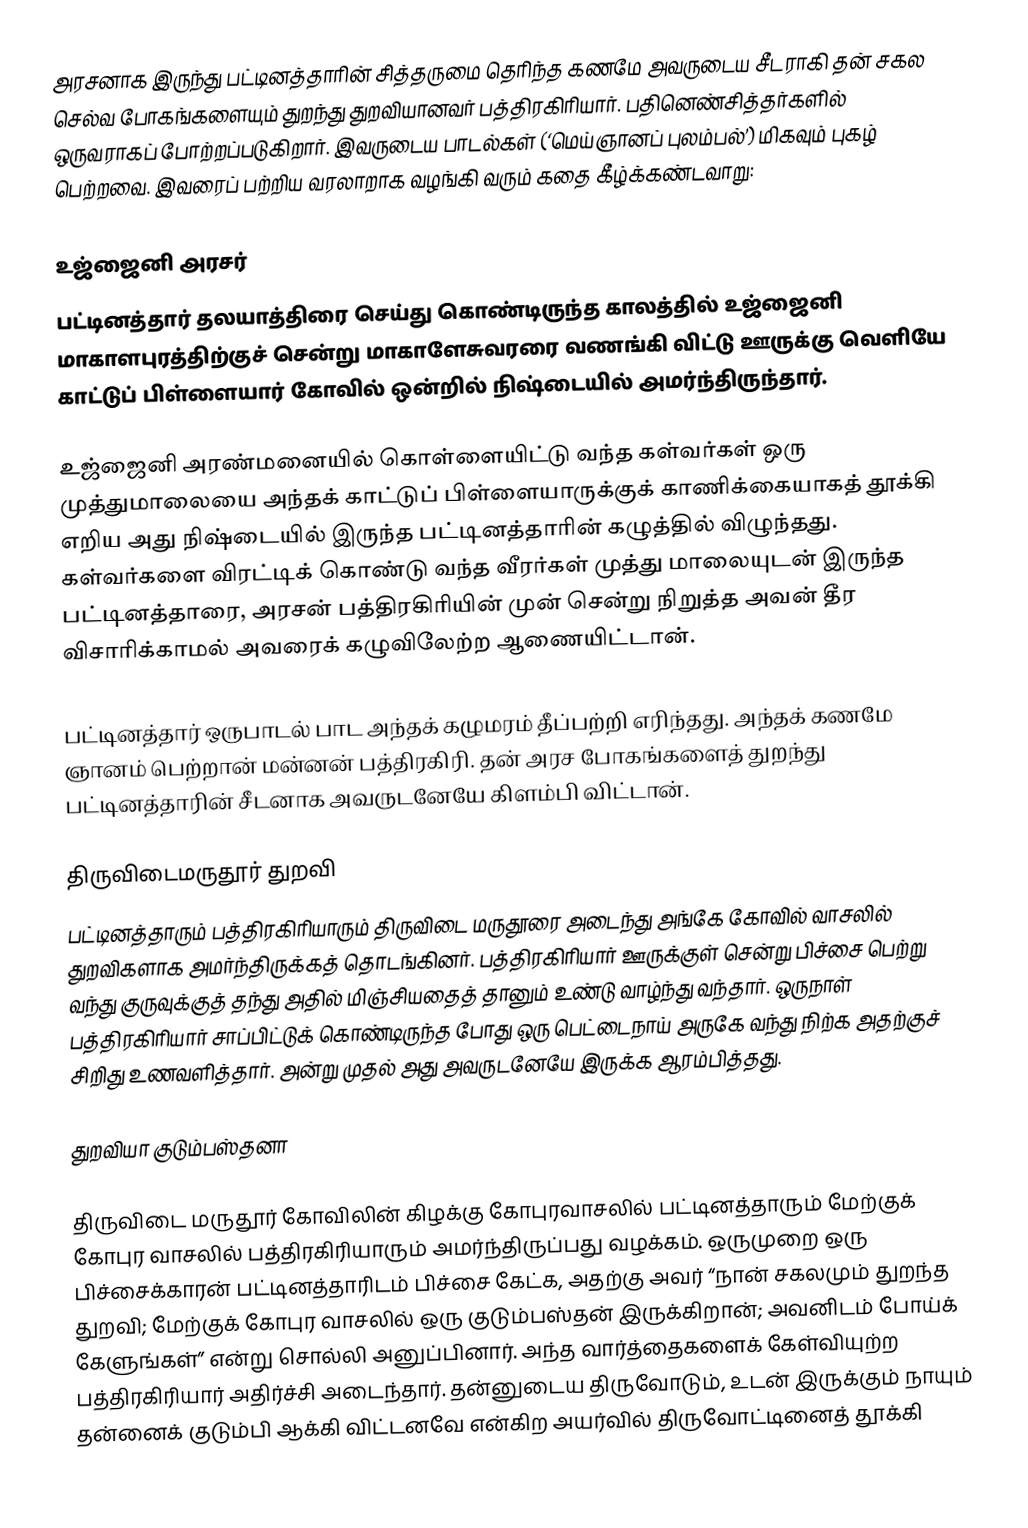
அரசனாக இருந்து பட்டினத்தாரின் சித்தருமை தெரிந்த கணமே அவருடைய சீடராகி தன் சகல செல்வ போகங்களையும் துறந்து துறவியானவர் பத்திரகிரியார். பதினெண்சித்தர்களில் ஒருவராகப் போற்றப்படுகிறார். இவருடைய பாடல்கள் (‘மெய்ஞானப் புலம்பல்’) மிகவும் புகழ் பெற்றவை. இவரைப் பற்றிய வரலாறாக வழங்கி வரும் கதை கீழ்க்கண்டவாறு:

உஜ்ஜைனி அரசர்
பட்டினத்தார் தலயாத்திரை செய்து கொண்டிருந்த காலத்தில் உஜ்ஜைனி மாகாளபுரத்திற்குச் சென்று மாகாளேசுவரரை வணங்கி விட்டு ஊருக்கு வெளியே காட்டுப் பிள்ளையார் கோவில் ஒன்றில் நிஷ்டையில் அமர்ந்திருந்தார்.

உஜ்ஜைனி அரண்மனையில் கொள்ளையிட்டு வந்த கள்வர்கள் ஒரு முத்துமாலையை அந்தக் காட்டுப் பிள்ளையாருக்குக் காணிக்கையாகத் தூக்கி எறிய அது நிஷ்டையில் இருந்த பட்டினத்தாரின் கழுத்தில் விழுந்தது. கள்வர்களை விரட்டிக் கொண்டு வந்த வீரர்கள் முத்து மாலையுடன் இருந்த பட்டினத்தாரை, அரசன் பத்திரகிரியின் முன் சென்று நிறுத்த அவன் தீர விசாரிக்காமல் அவரைக் கழுவிலேற்ற ஆணையிட்டான்.

பட்டினத்தார் ஒருபாடல் பாட அந்தக் கழுமரம் தீப்பற்றி எரிந்தது. அந்தக் கணமே ஞானம் பெற்றான் மன்னன் பத்திரகிரி. தன் அரச போகங்களைத் துறந்து பட்டினத்தாரின் சீடனாக அவருடனேயே கிளம்பி விட்டான்.

திருவிடைமருதூர் துறவி
பட்டினத்தாரும் பத்திரகிரியாரும் திருவிடை மருதூரை அடைந்து அங்கே  கோவில் வாசலில் துறவிகளாக அமர்ந்திருக்கத் தொடங்கினர். பத்திரகிரியார் ஊருக்குள் சென்று பிச்சை பெற்று வந்து குருவுக்குத் தந்து அதில் மிஞ்சியதைத் தானும் உண்டு வாழ்ந்து வந்தார். ஒருநாள் பத்திரகிரியார் சாப்பிட்டுக் கொண்டிருந்த போது ஒரு பெட்டைநாய் அருகே வந்து நிற்க அதற்குச் சிறிது உணவளித்தார். அன்று முதல் அது அவருடனேயே இருக்க ஆரம்பித்தது.

துறவியா குடும்பஸ்தனா

திருவிடை மருதூர் கோவிலின் கிழக்கு கோபுரவாசலில் பட்டினத்தாரும் மேற்குக் கோபுர வாசலில் பத்திரகிரியாரும் அமர்ந்திருப்பது வழக்கம். ஒருமுறை ஒரு பிச்சைக்காரன் பட்டினத்தாரிடம் பிச்சை கேட்க, அதற்கு அவர் “நான் சகலமும் துறந்த துறவி; மேற்குக் கோபுர வாசலில் ஒரு குடும்பஸ்தன் இருக்கிறான்; அவனிடம் போய்க் கேளுங்கள்” என்று சொல்லி அனுப்பினார். அந்த வார்த்தைகளைக் கேள்வியுற்ற பத்திரகிரியார் அதிர்ச்சி அடைந்தார். தன்னுடைய திருவோடும், உடன் இருக்கும் நாயும் தன்னைக் குடும்பி ஆக்கி விட்டனவே என்கிற அயர்வில் திருவோட்டினைத் தூக்கி